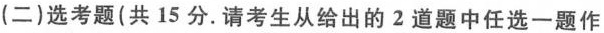
(二)选考题(共15分。请考生从给出的2道题中任选一题作